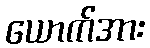
ယောက်အား